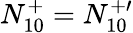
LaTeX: N_{10}^{+}=N_{10}^{+\prime}